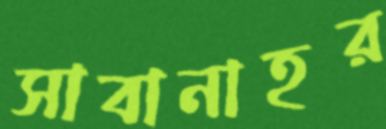
সাবানাহর